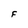
Character: F